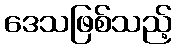
ဒေသဖြစ်သည့်